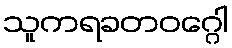
သူကရခတဝဂ္ဂေါ